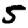
Digit: 5